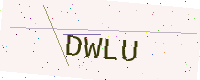
Text: DWLU